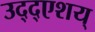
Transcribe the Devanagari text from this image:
उद्द्एशय्